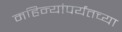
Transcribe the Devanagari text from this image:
महिन्यांपर्यंतच्या